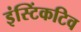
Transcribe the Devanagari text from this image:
इंस्टिंकटिव